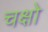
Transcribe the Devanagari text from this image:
चक्षो